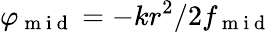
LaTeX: \varphi_{\mathrm{~m~i~d~}}=-kr^{2}/2f_{\mathrm{~m~i~d~}}